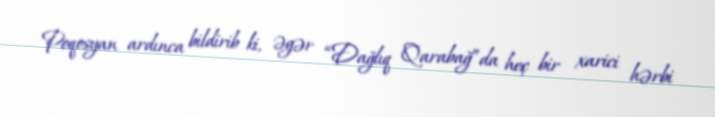
Poqosyan ardınca bildirib ki, əgər “Dağlıq Qarabağ”da heç bir xarici hərbi